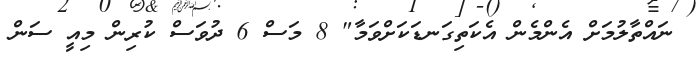
ނައްތާލުމަށް އެންމެން އެކަތިގަނޑަކަށްވަމާ" 8 މަސް 6 ދުވަސް ކުރިން މިއީ ސަން